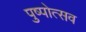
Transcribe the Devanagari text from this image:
पुष्पोत्सव